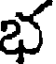
భ